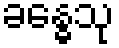
ခန္ဓေသု